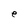
Character: e